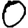
Digit: 0